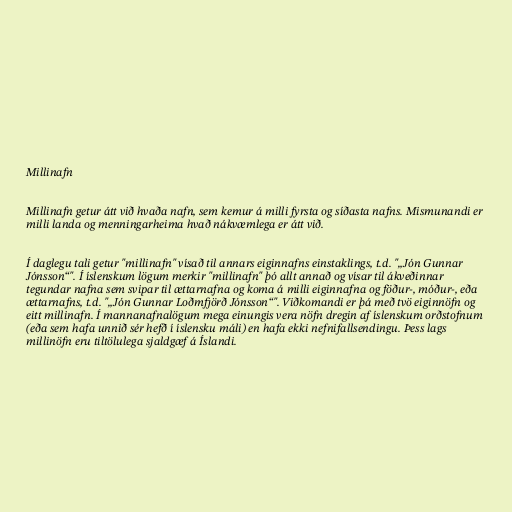
Millinafn

Millinafn getur átt við hvaða nafn, sem kemur á milli fyrsta og síðasta nafns. Mismunandi er
milli landa og menningarheima hvað nákvæmlega er átt við.

Í daglegu tali getur "millinafn" vísað til annars eiginnafns einstaklings, t.d. "„Jón Gunnar
Jónsson“". Í íslenskum lögum merkir "millinafn" þó allt annað og vísar til ákveðinnar
tegundar nafna sem svipar til ættarnafna og koma á milli eiginnafna og föður-, móður-, eða
ættarnafns, t.d. "„Jón Gunnar Loðmfjörð Jónsson“". Viðkomandi er þá með tvö eiginnöfn og
eitt millinafn. Í mannanafnalögum mega einungis vera nöfn dregin af íslenskum orðstofnum
(eða sem hafa unnið sér hefð í íslensku máli) en hafa ekki nefnifallsendingu. Þess lags
millinöfn eru tiltölulega sjaldgæf á Íslandi.